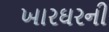
ખારઘરની